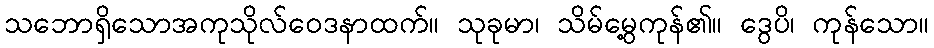
သဘောရှိသောအကုသိုလ်ဝေဒနာထက်။ သုခုမာ၊ သိမ်မွေ့ကုန်၏။ ဒွေပိ၊ ကုန်သော။